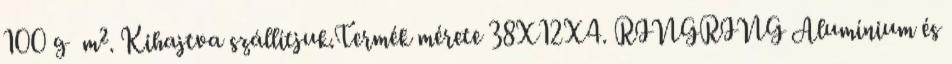
100 g m². Kihajtva szállítjuk.Termék mérete 38X12X4. RINGRING Alumínium és